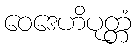
ဝေဒေဟိပုတ္တံ